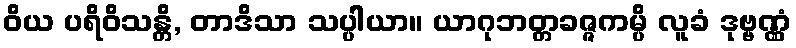
ဝိယ ပရိဝိသန္တိ, တာဒိသာ သပ္ပါယာ။ ယာဂုဘတ္တခဇ္ဇကမ္ပိ လူခံ ဒုဗ္ဗဏ္ဏံ